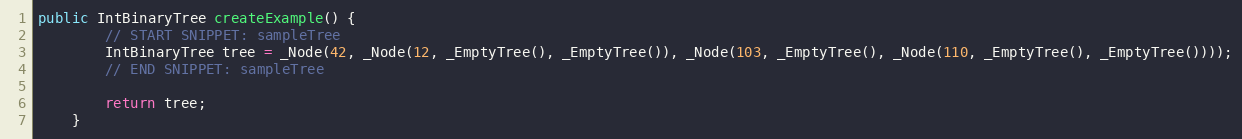
Language: Java
public IntBinaryTree createExample() {
        // START SNIPPET: sampleTree
        IntBinaryTree tree = _Node(42, _Node(12, _EmptyTree(), _EmptyTree()), _Node(103, _EmptyTree(), _Node(110, _EmptyTree(), _EmptyTree())));
        // END SNIPPET: sampleTree

        return tree;
    }